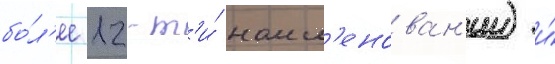
бо́л'ее 12-т'и́ наим'енован'ии) и́